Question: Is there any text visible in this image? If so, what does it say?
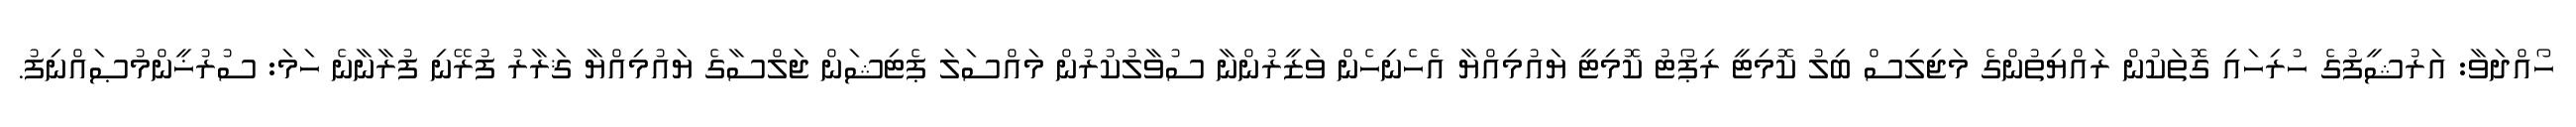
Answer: ހޯއްދަވާ: އަރުޝީފުގެ ހުރިހައި ގޮތަކުން ރައްޔިތުންގެ މަޖިލިސް ބިލު ކޮމިޓީ ރިޕޯޓު ކޮމިޓީ ޔައުމިއްޔާ އެހެނިހެން ވަޒީރުންނާ ސުވާލުކުރުން މައްސަލަ ޕެޓިޝަން ޖަލްސާގެ ޔައުމިއްޔާ ޤަރާރު ފުރޭނި ފުރާނާނެ ހަމަ: ސުރުޚީންމުޞައްނިފު.